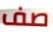
صف